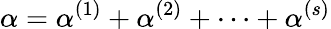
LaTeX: \alpha=\alpha^{(1)}+\alpha^{(2)}+\cdots+\alpha^{(s)}